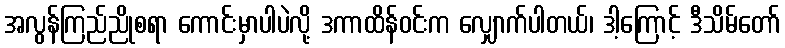
အလွန်ကြည်ညိုစရာ ကောင်းမှာပါပဲလို့ ဒကာထိန်ဝင်းက လျှောက်ပါတယ်၊ ဒါ့ကြောင့် ဒီသိမ်တော်